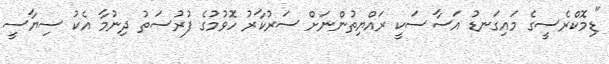
"ޑިމޮކްރެސީގެ މައިގަނޑު އަސާސަކީ ރައްޔިތުންނަށް ސަރުކާރު ހޮވުމުގެ ފުރުސަތު ދިނުމާ އެކު ސިޔާސީ